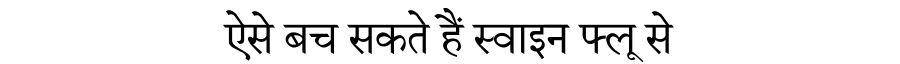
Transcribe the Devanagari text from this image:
ऐसे बच सकते हैं स्वाइन फ्लू से